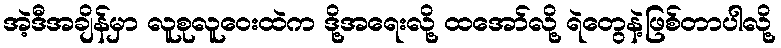
အဲ့ဒီအချိန်မှာ လူစုလူဝေးထဲက ဒို့အရေးလို့ ထအော်လို့ ရဲတွေနဲ့ဖြစ်တာပါလို့